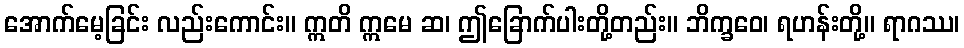
အောက်မေ့ခြင်း လည်းကောင်း။ ဣတိ ဣမေ ဆ၊ ဤခြောက်ပါးတို့တည်း။ ဘိက္ခဝေ၊ ရဟန်းတို့။ ရာဂဿ၊